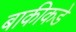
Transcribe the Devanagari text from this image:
बाकीकडे